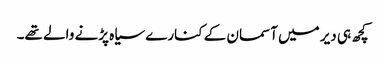
کچھ ہی دیر میں آسمان کے کنارے سیاہ پڑنے والے تھے۔